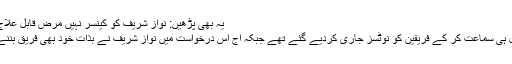
یہ بھی پڑھیں: نواز شریف کو کینسر نہیں مرض قابل علاج ہے، ڈاکٹر طاہر شمسی
مذکورہ درخواست کی کل ہی سماعت کر کے فریقین کو نوٹسز جاری کردیے گئے تھے جبکہ آج اس درخواست میں نواز شریف نے بذات خود بھی فریق بننے کی درخواست دی تھی۔